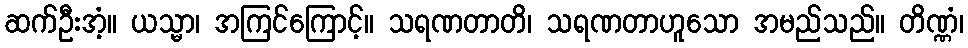
ဆက်ဦးအံ့။ ယသ္မာ၊ အကြင်ကြောင့်။ သရဏတာတိ၊ သရဏတာဟူသော အမည်သည်။ တိဏ္ဏံ၊